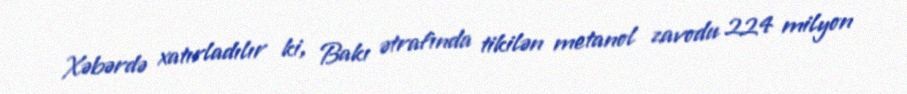
Xəbərdə xatırladılır ki, Bakı ətrafında tikilən metanol zavodu 224 milyon